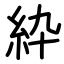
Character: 紣